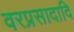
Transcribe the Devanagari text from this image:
वरप्रसादादि